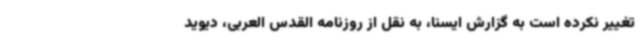
تغییر نکرده است به گزارش ایسنا، به نقل از روزنامه القدس العربی، دیوید